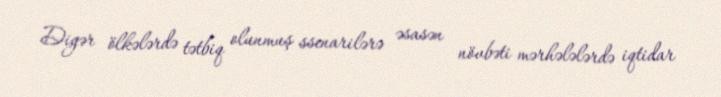
Digər ölkələrdə tətbiq olunmuş ssenarilərə əsasən növbəti mərhələlərdə iqtidar